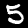
Label: 5